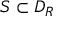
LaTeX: S \subset D _ { R }